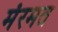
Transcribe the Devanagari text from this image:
मंरमत